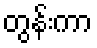
တွန်းကာ